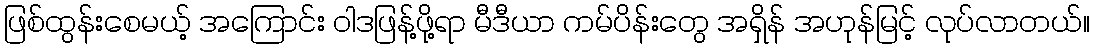
ဖြစ်ထွန်းစေမယ့် အကြောင်း ဝါဒဖြန့်ဖို့ရာ မီဒီယာ ကမ်ပိန်းတွေ အရှိန် အဟုန်မြင့် လုပ်လာတယ်။